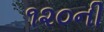
૧૨૦ની